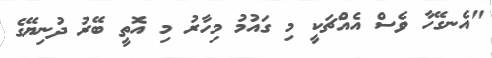
"އެނގޭހާ ވެސް އެއްޗަކީ މި ގައުމު މިހާރު މި އޮތީ ބޭރު ދުނިޔޭގެ